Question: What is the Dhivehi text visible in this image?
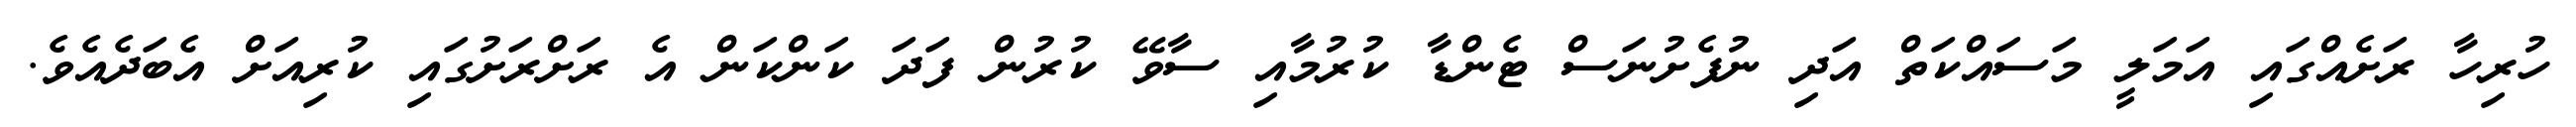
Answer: ހުރިހާ ރަށެއްގައި އަމަލީ މަސައްކަތް އަދި ނުފެށުނަސް ޓެންޑާ ކުރުމާއި ސާވޭ ކުރުން ފަދަ ކަންކަން އެ ރަށްރަށުގައި ކުރިއަށް އެބަދެއެވެ.